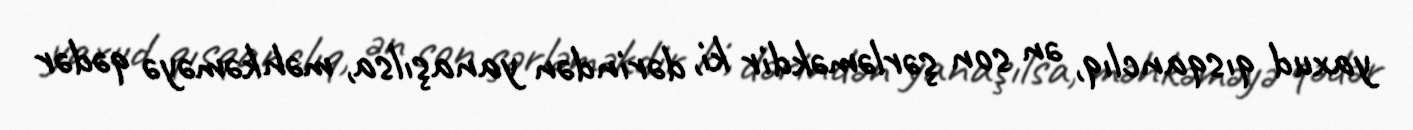
yaxud qısqanclıq, ən son şərləməkdir ki, dərindən yanaşılsa, məhkəməyə qədər